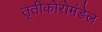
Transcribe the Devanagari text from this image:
तृतीकोरोमंडेल